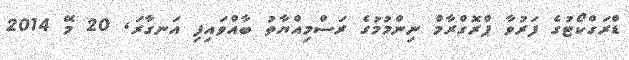
ޑްރަގްކޯޓުގެ ފަރުވާ ޕްރޮގްރާމް ނިންމުމުގެ ރަސްމިއްޔާތު ބާއްވައިފި އަނގާރަ